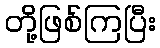
တို့ဖြစ်ကြပြီး